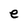
Character: e